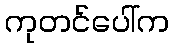
ကုတင်ပေါ်က